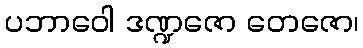
ပဘာဝေါ ဒဏ္ဍဇော တေဇော၊